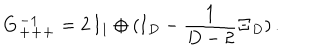
{ \bf G _ { + + + } ^ { - 1 } } = 2 \, { \bf I } _ { 1 } \oplus ( { \bf I } _ { D } - \frac { 1 } { D - 2 } { \bf \Xi } _ { D } ) \, .